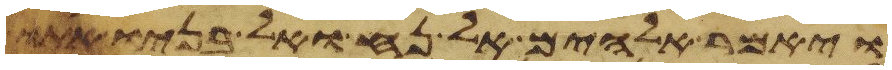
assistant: ויאמר אלהים אל נח ואל בניו אתו